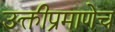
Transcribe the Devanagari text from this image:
उक्तीप्रमाणेच